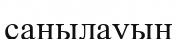
саңылауын